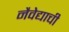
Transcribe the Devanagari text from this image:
नैवेद्याची